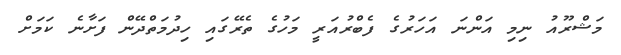
މަޝްރޫއު ނިމި އަންނަ އަހަރުގެ ފެބްރުއަރީ މަހުގެ ތެރޭގައި ހިދުމަތްދޭން ފަށާނެ ކަމަށް